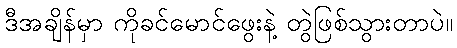
ဒီအချိန်မှာ ကိုခင်မောင်ဖွေးနဲ့ တွဲဖြစ်သွားတာပဲ။